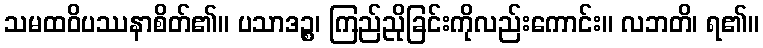
သမထဝိပဿနာစိတ်၏။ ပသာဒဉ္စ၊ ကြည်ညိုခြင်းကိုလည်းကောင်း။ လဘတိ၊ ရ၏။